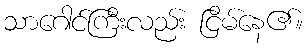
သာဂေါင်ကြီးလည်း ငြိမ်နေ၏။